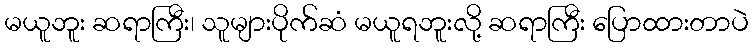
မယူဘူး ဆရာကြီး၊ သူများပိုက်ဆံ မယူရဘူးလို့ ဆရာကြီး ပြောထားတာပဲ